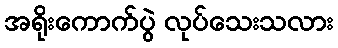
အရိုးကောက်ပွဲ လုပ်သေးသလား